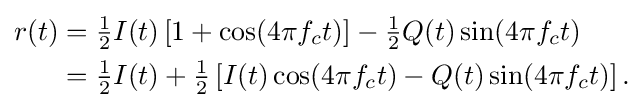
{\begin{aligned}r(t)&={\tfrac {1}{2}}I(t)\left[1+\cos(4\pi f_{c}t)\right]-{\tfrac {1}{2}}Q(t)\sin(4\pi f_{c}t)\\&={\tfrac {1}{2}}I(t)+{\tfrac {1}{2}}\left[I(t)\cos(4\pi f_{c}t)-Q(t)\sin(4\pi f_{c}t)\right].\end{aligned}}